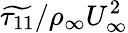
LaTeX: \widetilde{\tau_{11}}/\rho_{\infty}U_{\infty}^{2}